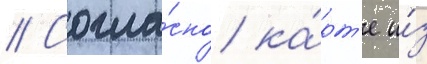
// Согла́сно ка́рт'е и́з